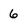
Character: 6